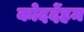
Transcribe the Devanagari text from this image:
कोददेंहम